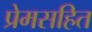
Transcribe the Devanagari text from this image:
प्रेमसहित